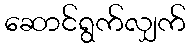
ဆောင်ရွက်လျှက်